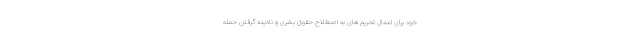
خود برای اعمال تحریم های به اصطلاح حقوق بشری و نادیده گرفتن حمله